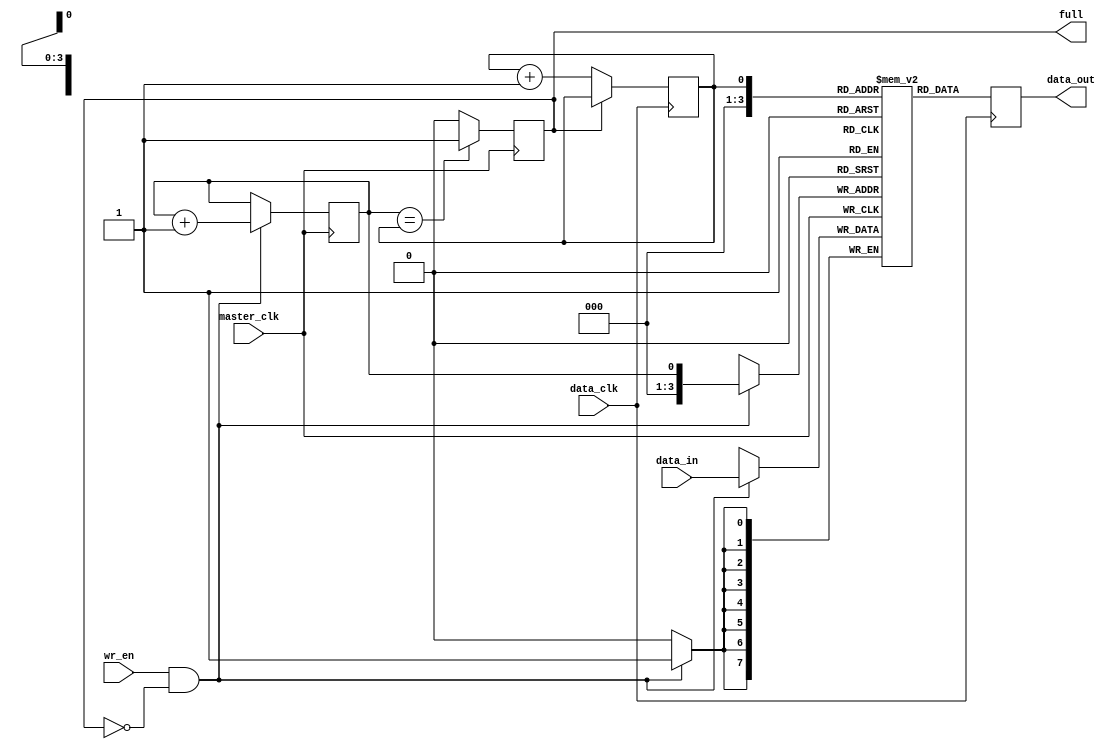
module fifo_buffer (
    input wire master_clk,
    input wire data_clk,
    input wire [7:0] data_in,
    input wire wr_en,
    output wire full,
    output reg [7:0] data_out
);

reg [7:0] fifo [0:15];
reg wr_ptr = 4'd0;
reg rd_ptr = 4'd0;

always @(posedge master_clk) begin
    if (wr_en && !full) begin
        fifo[wr_ptr] <= data_in;
        wr_ptr <= wr_ptr + 1;
    end
    full <= (wr_ptr == rd_ptr) ? 1 : 0;
end

always @(posedge data_clk) begin
    data_out <= fifo[rd_ptr];
    if (!full) begin
        rd_ptr <= rd_ptr + 1;
    end
end

endmodule